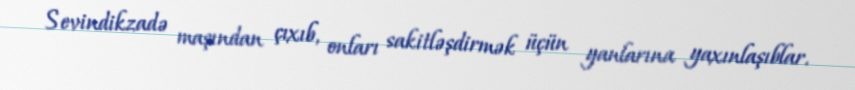
Sevindikzadə maşından çıxıb, onları sakitləşdirmək üçün yanlarına yaxınlaşıblar.